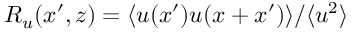
R _ { u } ( x ^ { \prime } , z ) = \langle u ( x ^ { \prime } ) u ( x + x ^ { \prime } ) \rangle / \langle u ^ { 2 } \rangle